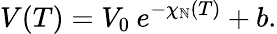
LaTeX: V(T)=V_{0}\: e^{-\chi_{\mathbb{N}}(T)}+b.